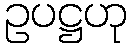
ဥပဋ္ဌဟု